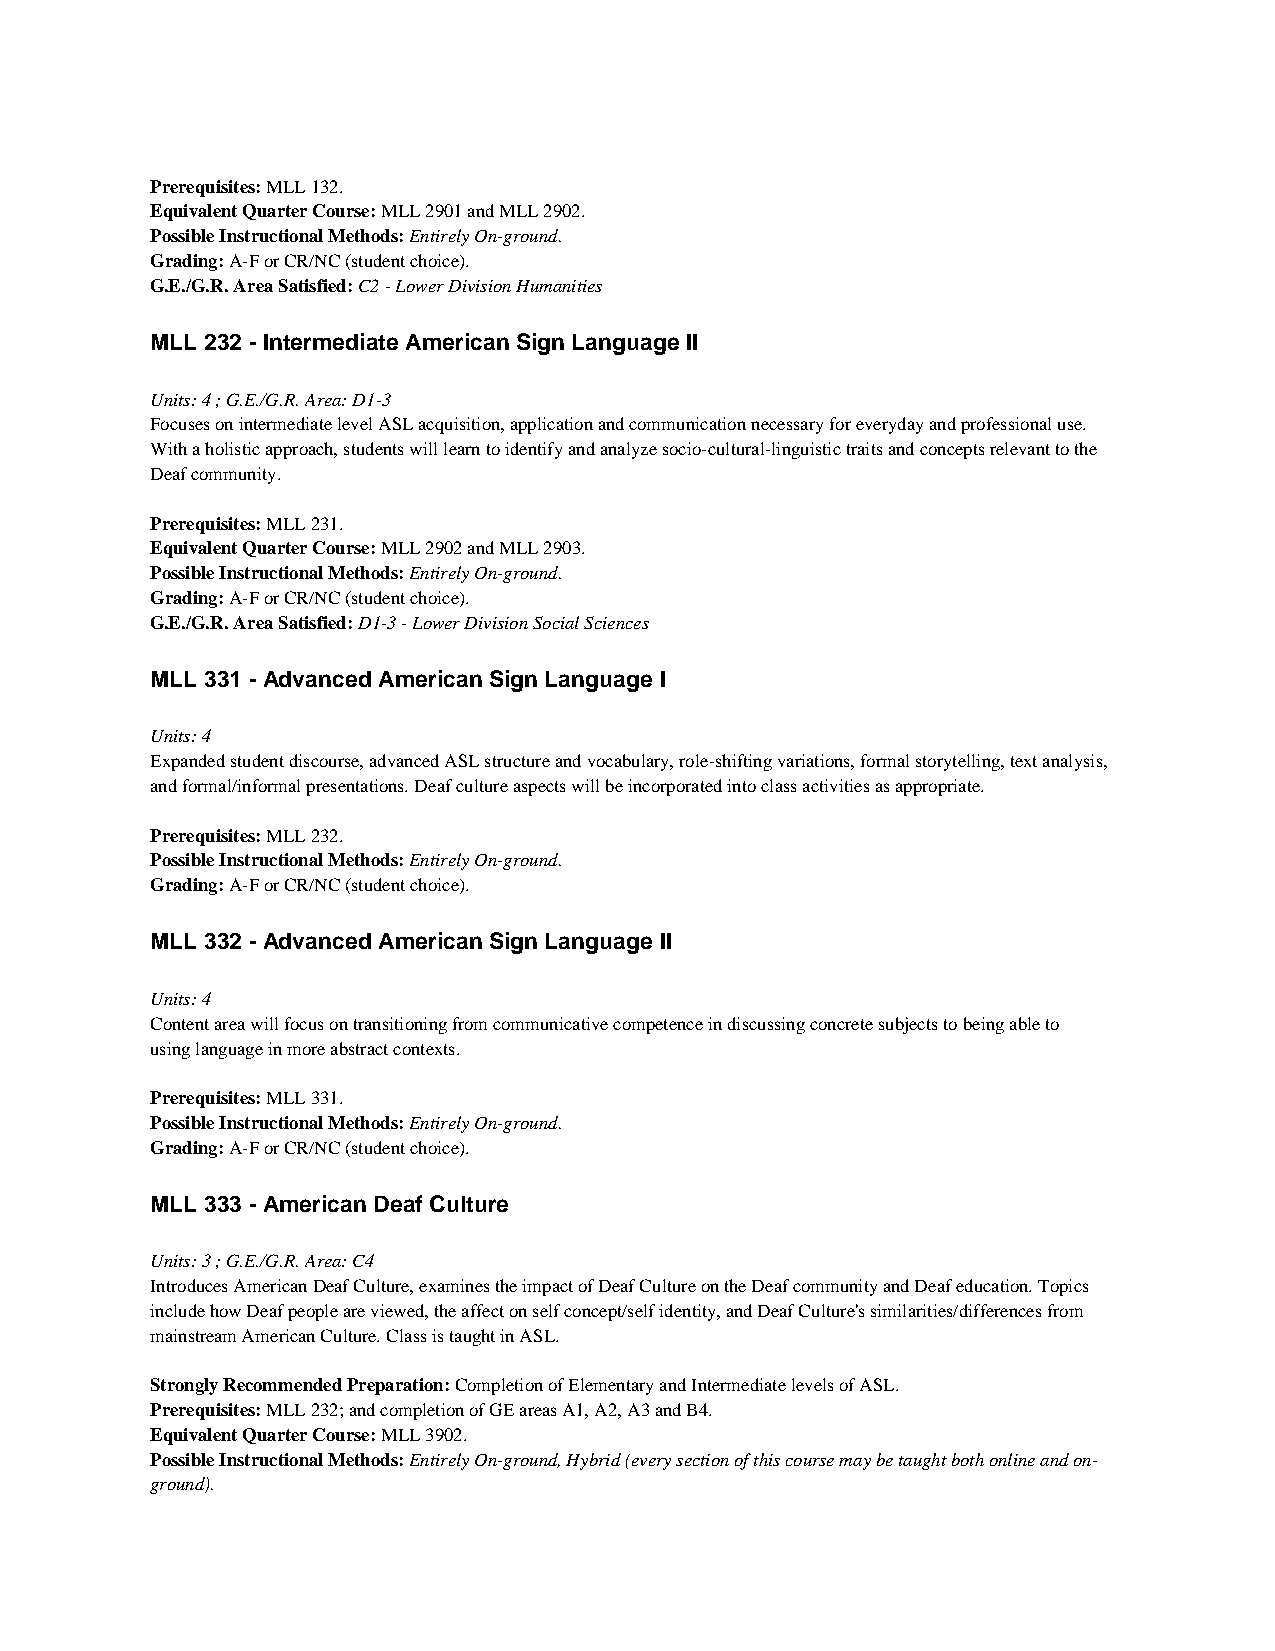
Prerequisites: MLL 132.
 Equivalent Quarter Course: MLL 2901 and MLL 2902.
 Possible Instructional Methods: Entirely On-ground.
 Grading: A-F or CR/NC (student choice).
 G.E./G.R. Area Satisfied: C2 - Lower Division Humanities
 MLL 232 - Intermediate American Sign Language II
 Units: 4 ; G.E./G.R. Area: D1-3
 Focuses on intermediate level ASL acquisition, application and communication necessary for everyday and professional use.
 With a holistic approach, students will learn to identify and analyze socio-cultural-linguistic traits and concepts relevant to the
 Deaf community.
 Prerequisites: MLL 231.
 Equivalent Quarter Course: MLL 2902 and MLL 2903.
 Possible Instructional Methods: Entirely On-ground.
 Grading: A-F or CR/NC (student choice).
 G.E./G.R. Area Satisfied: D1-3 - Lower Division Social Sciences
 MLL 331 - Advanced American Sign Language I
 Units: 4
 Expanded student discourse, advanced ASL structure and vocabulary, role-shifting variations, formal storytelling, text analysis,
 and formal/informal presentations. Deaf culture aspects will be incorporated into class activities as appropriate.
 Prerequisites: MLL 232.
 Possible Instructional Methods: Entirely On-ground.
 Grading: A-F or CR/NC (student choice).
 MLL 332 - Advanced American Sign Language II
 Units: 4
 Content area will focus on transitioning from communicative competence in discussing concrete subjects to being able to
 using language in more abstract contexts.
 Prerequisites: MLL 331.
 Possible Instructional Methods: Entirely On-ground.
 Grading: A-F or CR/NC (student choice).
 MLL 333 - American Deaf Culture
 Units: 3 ; G.E./G.R. Area: C4
 Introduces American Deaf Culture, examines the impact of Deaf Culture on the Deaf community and Deaf education. Topics
 include how Deaf people are viewed, the affect on self concept/self identity, and Deaf Culture's similarities/differences from
 mainstream American Culture. Class is taught in ASL.
 Strongly Recommended Preparation: Completion of Elementary and Intermediate levels of ASL.
 Prerequisites: MLL 232; and completion of GE areas A1, A2, A3 and B4.
 Equivalent Quarter Course: MLL 3902.
 Possible Instructional Methods: Entirely On-ground, Hybrid (every section of this course may be taught both online and on-
 ground).